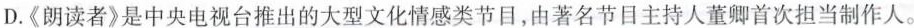
D.《朗读者》是中央电视台推出的大型文化情感类节目，由著名节目主持人董卿首次担当制作人。